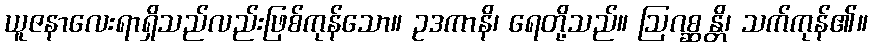
ယူဇနာလေးရာရှိသည်လည်းဖြစ်ကုန်သော။ ဥဒကာနိ၊ ရေတို့သည်။ ဩဂစ္ဆန္တိ၊ သက်ကုန်၏။